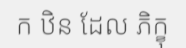
ក ឋិន ដែល ភិក្ខុ